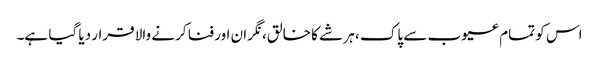
اس کو تمام عیوب سے پاک ، ہر شے کا خالق، نگران اور فنا کرنے والا قرار دیا گیا ہے۔